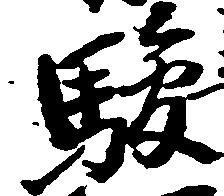
駿